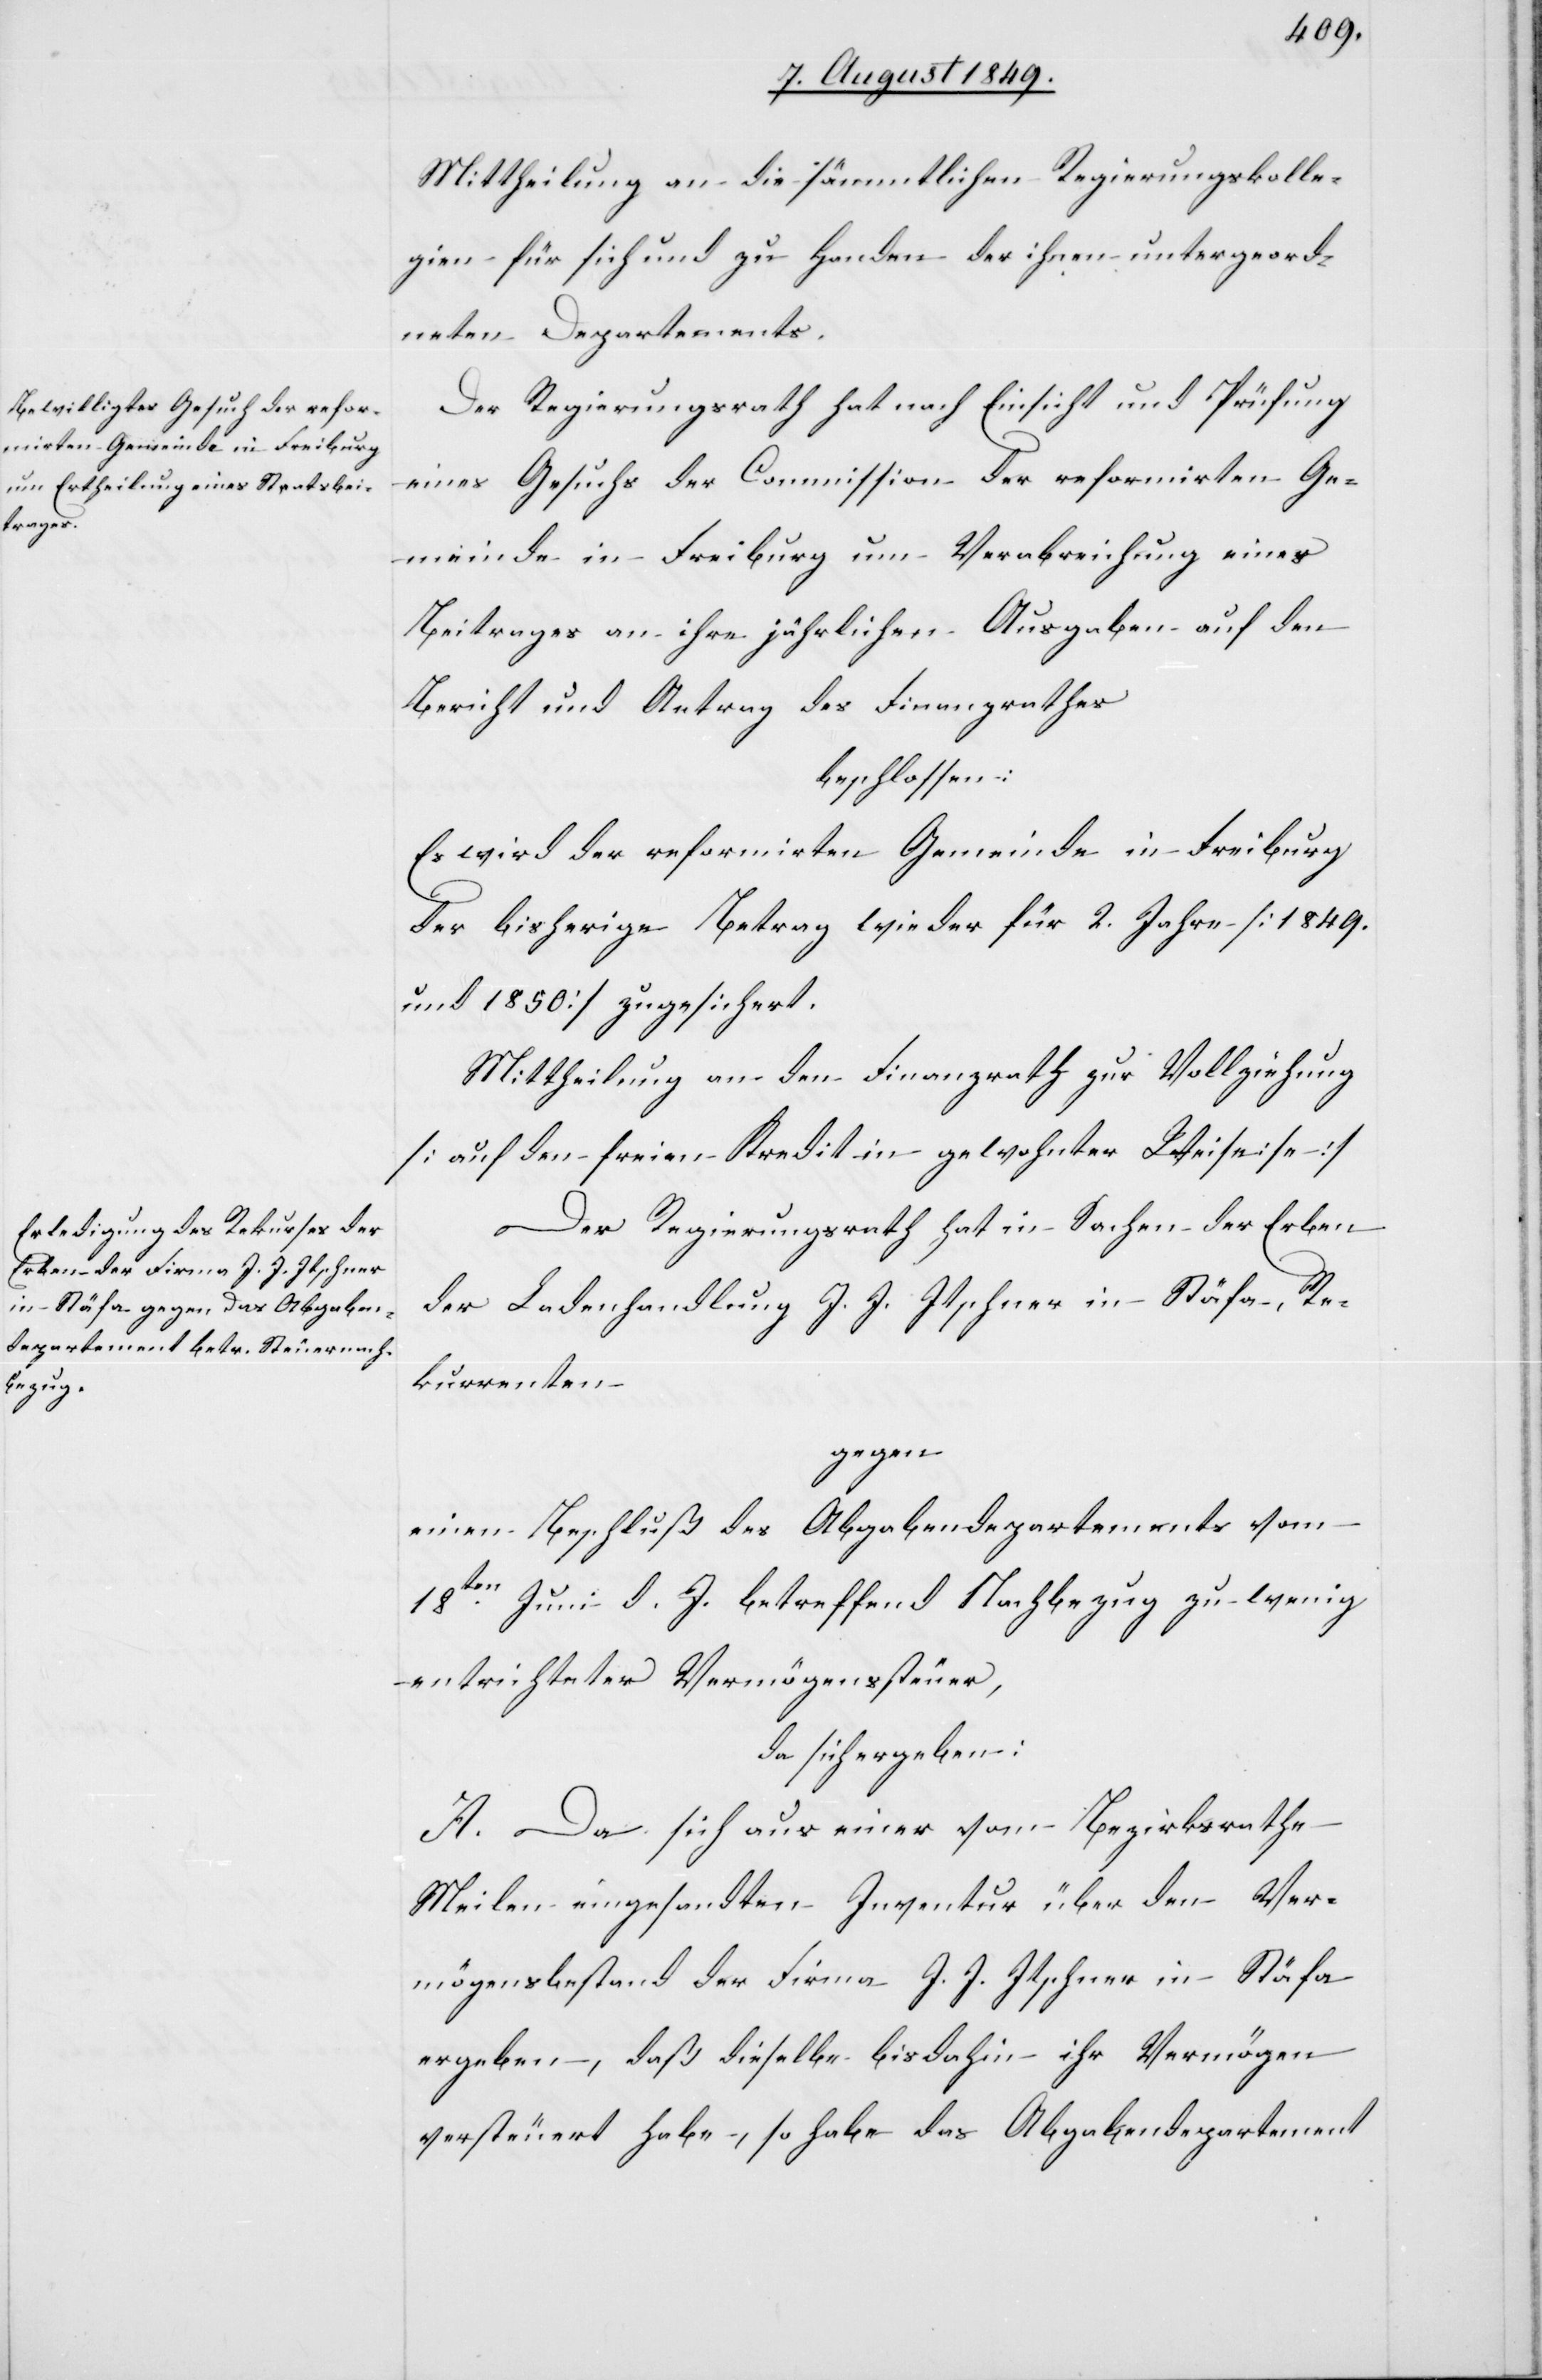
Mittheilung an die sämmtlichen Regierungskolle¬
gien für sich und zu Handen der ihnen untergeord¬
neten Departements.
Der Regierungsrath hat nach Einsicht und Prüfung
eines Gesuchs der Commission der reformirten Ge¬
meinde in Freiburg um Verabreichung eines
Beitrages an ihre jährlichen Ausgaben auf den
beschlossen:
Es wird der reformirten Gemeinde in Freiburg
der bisherige Betrag wieder für 2. Jahre [1849.
und 1850] zugesichert.
Mittheilung an den Finanzrath zur Vollziehung
[auf den freien Kredit in gewohnter Weiseise
Der Regierungsrath hat in Sachen der Erben
der Ladenhandlung J. J. Itschner in Stäfa, Re¬
kurrenten
gegen
einen Beschluß des Abgabendepartements vom
18ten Juni d. J. betreffend Nachbezug zu wenig
entrichteter Vermögenssteuer,
da sich ergeben:
A. Da sich aus einer vom Bezirksrathe
Meilen eingesandten Inventur über den Ver¬
mögensbestand der Firma J. J. Itschner in Stäfa
ergeben, daß dieselbe bisdahin ihr Vermögen
versteuert habe, so habe das Abgabendepartement